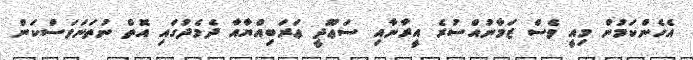
އެހެންކަމުން މިއީ ވެސް ޒަމާނުއްސުރެ އީރާނާއި ސަޢޫދީ ޢަރަބިއްޔާއާ ދެމެދުގައި އޮތް ނުތަނަވަސްކަން